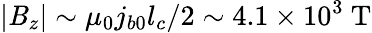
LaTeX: |\mathit{B}_{z}|\sim\mu_{0}j_{b0}l_{c}/2\sim4.1\times10^{3}\ \mathrm{{T}}